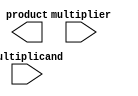
module radix4_wallace_multiplier #(parameter N = 8) (
    input wire [N-1:0] multiplicand,
    input wire [N-1:0] multiplier,
    output wire [2*N-1:0] product
);

// Generate partial products
wire [N:0] pp [0:N/2-1]; // Partial products
genvar i;
generate
    for (i = 0; i < N/2; i = i + 1) begin : pp_gen
        assign pp[i] = {2'b00, multiplicand & {2{multiplier[2*i +: 2]}}}; // Shifted partial products
    end
endgenerate

// Wallace tree reduction using carry-save adders
wire [2*N-1:0] sum [0:N/2-1];
wire [N/2-1:0] carry [0:N/2-1];

// First level of CSAs
generate
    for (i = 0; i < N/2-1; i = i + 1) begin : CSA_level1
        wire [2*N-1:0] a = pp[i];
        wire [2*N-1:0] b = pp[i + 1];
        wire [2*N-1:0] c = (i % 2 == 0) ? pp[i + 2] : 0;

        assign {carry[i], sum[i]} = a + b + c;
    end
endgenerate

// Second level of CSAs (reducing to two sums)
wire [2*N-1:0] sum_final1, sum_final2;
wire [N/2-1:0] carry_final;

generate
    for (i = 0; i < N/4; i = i + 1) begin : CSA_level2
        assign {carry_final[i], sum_final1} = sum[2*i] + sum[2*i + 1];
    end
endgenerate

// Final addition
wire [2*N-1:0] final_sum;
wire [2*N-1:0] final_carry;

assign {final_carry, final_sum} = sum_final1 + carry_final;

assign product = final_sum + final_carry; // Final product

endmodule